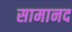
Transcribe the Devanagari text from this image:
सामानद